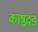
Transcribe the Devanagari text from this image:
काष्ठदंड